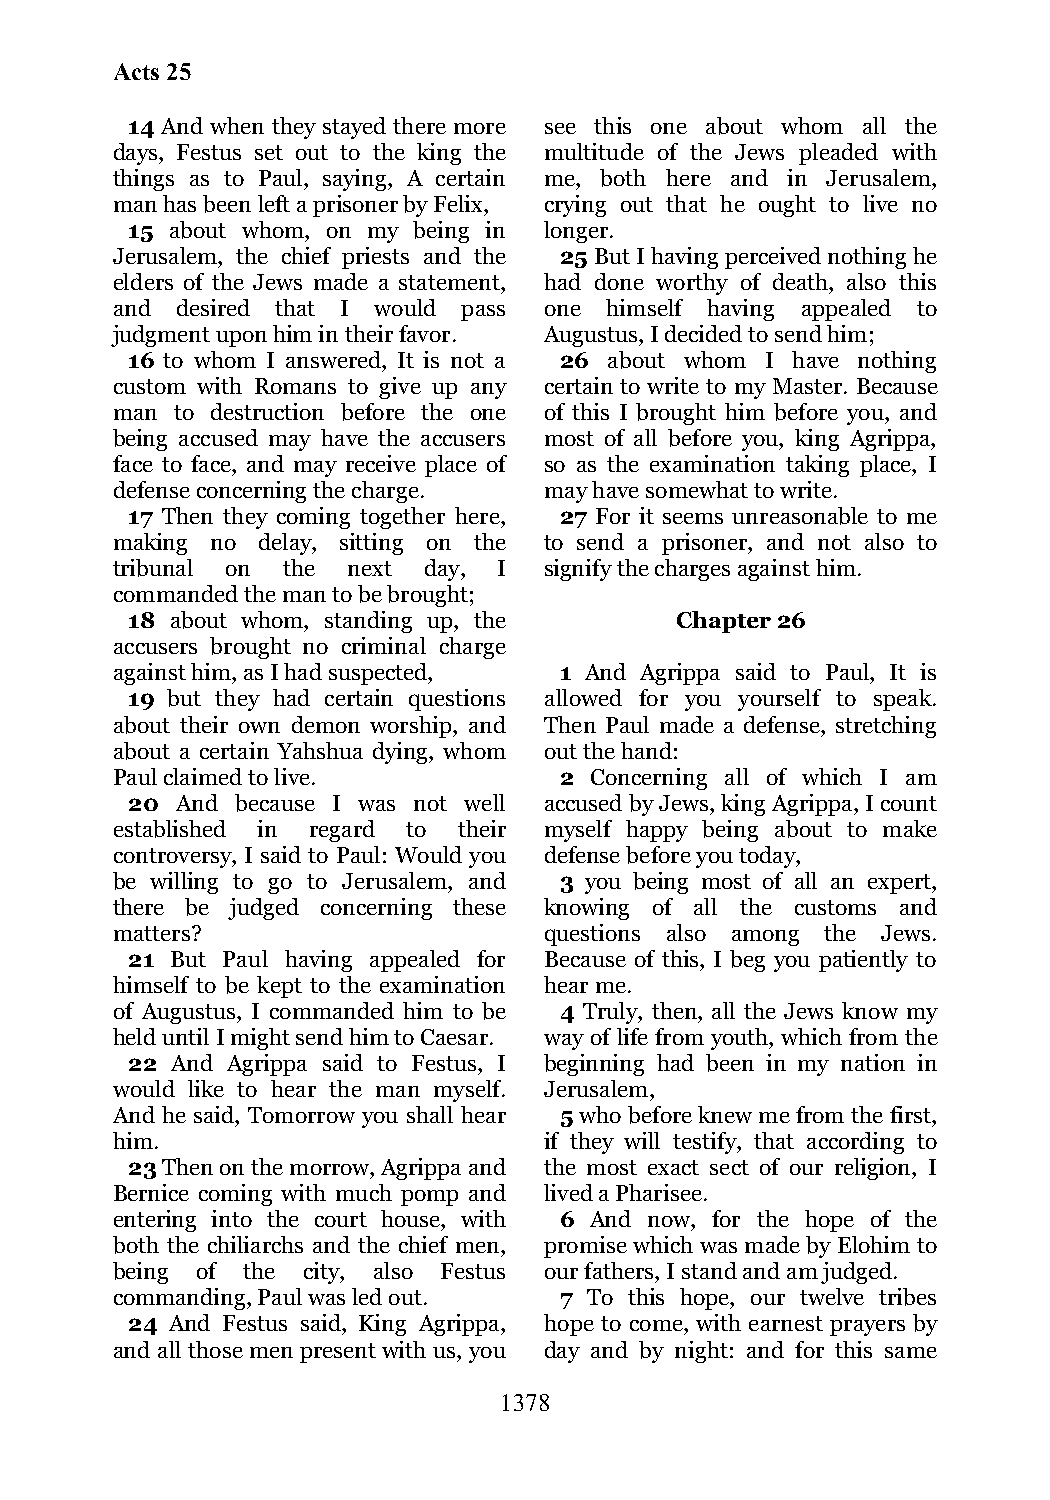
Acts 25
 14 And when they stayed there more see this one about whom all the
 days, Festus set out to the king the multitude of the Jews pleaded with
 things as to Paul, saying, A certain me, both here and in Jerusalem,
 man has been left a prisoner by Felix, crying out that he ought to live no
 15 about whom, on my being in longer.
 Jerusalem, the chief priests and the 25 But I having perceived nothing he
 elders of the Jews made a statement, had done worthy of death, also this
 and  desired that I would pass one himself having appealed to
 judgment upon him in their favor. Augustus, I decided to send him;
 16 to whom I answered, It is not a 26 about whom I have nothing
 custom with Romans to give up any certain to write to my Master. Because
 man  to destruction before the one of this I brought him before you, and
 being accused may have the accusers most of all before you, king Agrippa,
 face to face, and may receive place of so as the examination taking place, I
 defense concerning the charge. may have somewhat to write.
 17 Then they coming together here, 27 For it seems unreasonable to me
 making no delay, sitting on the to send a prisoner, and not also to
 tribunal on the next day, I  signify the charges against him.
 commanded the man to be brought;
 18 about whom, standing up, the      Chapter 26
 accusers brought no criminal charge
 against him, as I had suspected, 1 And Agrippa said to Paul, It is
 19 but they had certain questions allowed for you yourself to speak.
 about their own demon worship, and Then Paul made a defense, stretching
 about a certain Yahshua dying, whom out the hand:
 Paul claimed to live.         2 Concerning all of which I am
 20  And because I was not well accused by Jews, king Agrippa, I count
 established in regard to their myself happy being about to make
 controversy, I said to Paul: Would you defense before you today,
 be willing to go to Jerusalem, and 3 you being most of all an expert,
 there be judged concerning these knowing of all the customs and
 matters?                     questions also among the Jews.
 21 But Paul having appealed for Because of this, I beg you patiently to
 himself to be kept to the examination hear me.
 of Augustus, I commanded him to be 4 Truly, then, all the Jews know my
 held until I might send him to Caesar. way of life from youth, which from the
 22 And Agrippa said to Festus, I beginning had been in my nation in
 would like to hear the man myself. Jerusalem,
 And he said, Tomorrow you shall hear 5 who before knew me from the first,
 him.                         if they will testify, that according to
 23 Then on the morrow, Agrippa and the most exact sect of our religion, I
 Bernice coming with much pomp and lived a Pharisee.
 entering into the court house, with 6 And now, for the hope of the
 both the chiliarchs and the chief men, promise which was made by Elohim to
 being of the city, also Festus our fathers, I stand and am judged.
 commanding, Paul was led out. 7 To this hope, our twelve tribes
 24 And Festus said, King Agrippa, hope to come, with earnest prayers by
 and all those men present with us, you day and by night: and for this same
 1378